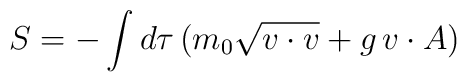
S=-\int d\tau\,(m_0\sqrt{v\cdot v}+ g\,v\cdot A)